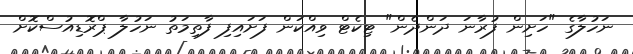
ނަހުލާގެ "ހަށިން ފުރާނަ ދަންދެން" ޓިކެޓް ވިއްކަން ފަށައިފި ފާތިމަތު ނަހުލާ ޕްރޮޑިއުސްކޮށް